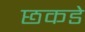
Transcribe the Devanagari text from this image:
छकडे